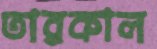
তারকাল